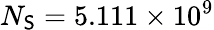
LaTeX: N_{\mathsf{S}}=5.111\times10^{9}